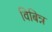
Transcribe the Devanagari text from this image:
विबिन्न